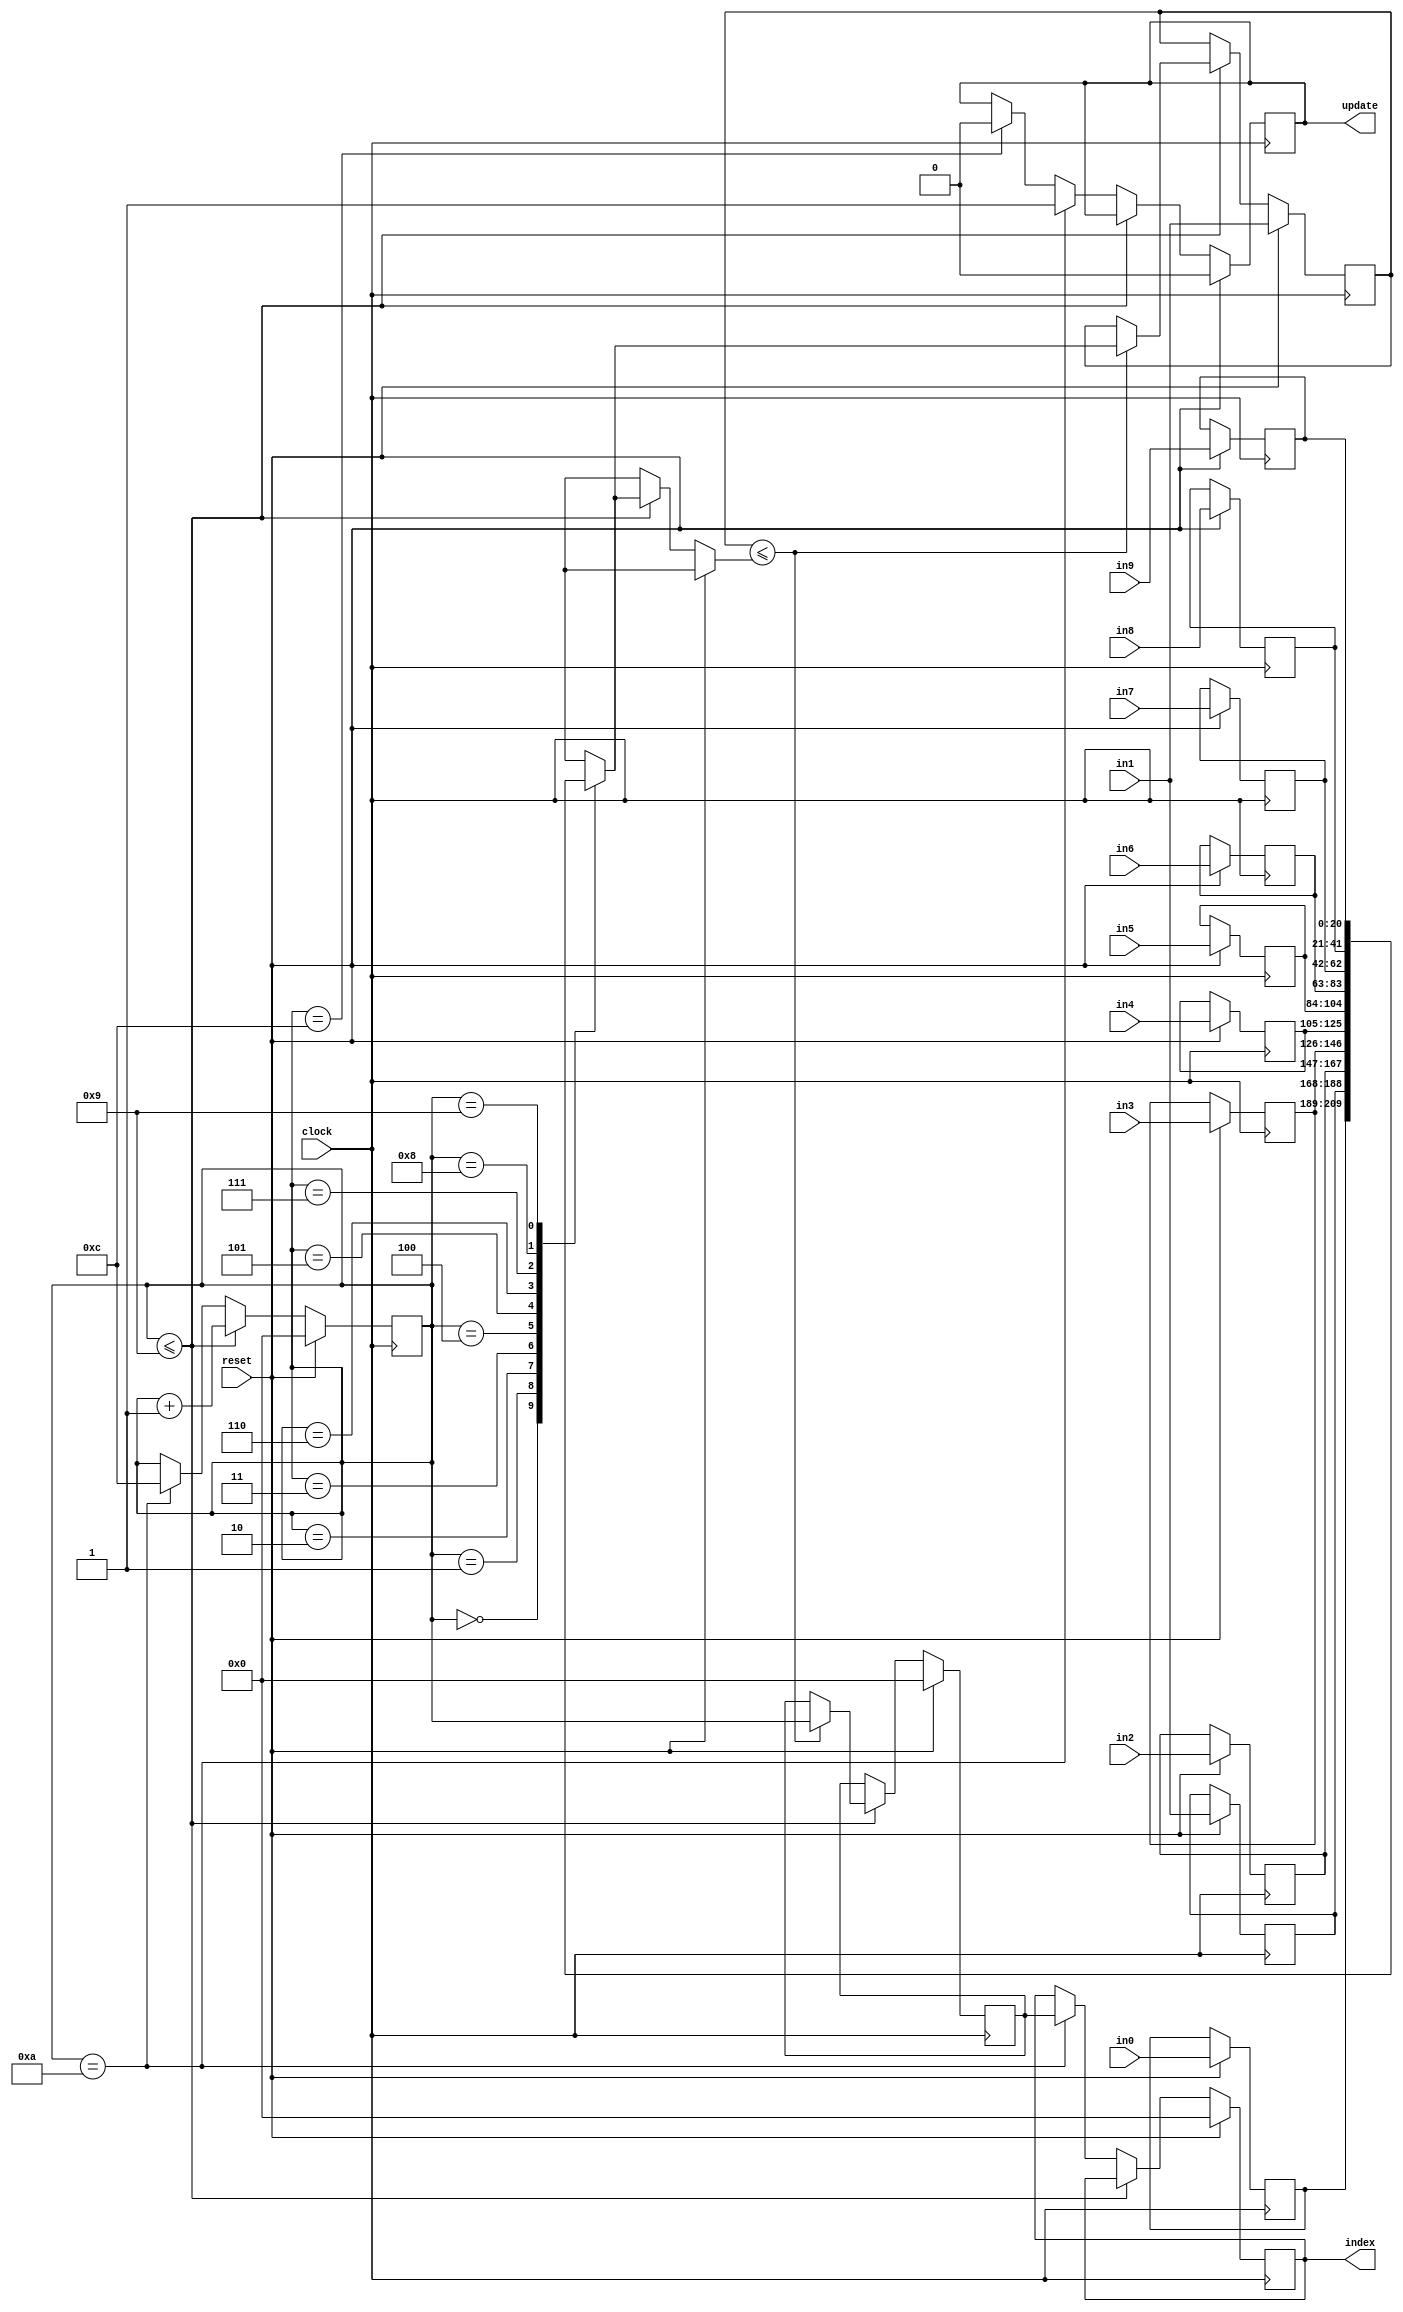
/**========================================================================================
* File_name     : maximum_number.v
* Module_name   : maximum_number
* Project       : Design and implement an ASIC for a Extreme Machine Learning (ELM) inference engine.
* Description   : It is similar to one hot coded part where we are finding maximum value in ouput as well as there position (0-9)
* ========================================================================================*/

`timescale 1ns/10ps

//=======================================================================================
// ------------------------------ MODULE DECLARATION ------------------------------------
//=======================================================================================
 
    module maximum_number (clock,
                           in0,
                           in1,
                           in2,
                           in3,
                           in4,
                           in5,
                           in6,
                           in7,
                           in8,
                           in9,
                           index,
                           update,
                           reset);

//=======================================================================================
// ------------------------------ LOCAL PARAMETERS ------------------------------------
//=======================================================================================
      
    parameter bit_length = 21;

//=======================================================================================
// ------------------------------ I/O DECLARATION ------------------------------------
//=======================================================================================
        
      input                           clock,reset;
      input signed [bit_length-1:0]   in1,in2,in3,in4,in5,in6,in7,in8,in9,in0; 
      output reg   [3:0]              index;
      output reg                      update;
  

//=======================================================================================
// ------------------------------ INTERNAL SIGNALS ------------------------------------
//=======================================================================================

  reg        [3:0]            position;
  reg signed [bit_length-1:0] memory[0:9];
  reg signed [bit_length-1:0] maximum;
  reg        [3:0]            count;
    


//=======================================================================================
// ------------------------------ ALWAYS_FF BLOCKS ------------------------------------
//=======================================================================================
   
        always@(posedge clock) begin
            if(reset) begin 
                memory[1] <= in1;
                memory[2] <= in2;
                memory[3] <= in3;
                memory[4] <= in4;
                memory[5] <= in5;
                memory[6] <= in6;
                memory[7] <= in7;
                memory[8] <= in8;
                memory[9] <= in9;
                memory[0] <= in0;
                maximum <= in1;
                position <= 4'd0;
                index <= 4'd0;
                count <= 0;
                update <= 1'b0;
            end  
	       else if (count <= 4'd9) begin
			if(maximum <= memory[count])begin
				  maximum <= memory[count];
				  position <= count;
		    end 
			count <= count+1;
		   end
		  else if (count == 4'd10) begin
		    $display("Predicted_Image = %d",position);
  			update <= 1'b1;
  			index <= position;
  		    count <= 4'd12;
  		    $display("time = %d final_output_done",$time);
          end
         else if (count == 4'd12)begin
           update <= 1'b0;
         end
  end
            
endmodule